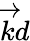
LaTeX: \overrightarrow{k}d